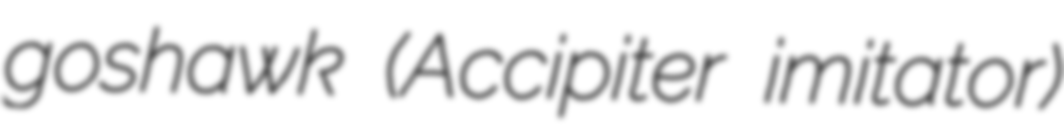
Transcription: goshawk (Accipiter imitator)